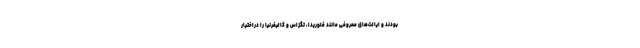
بودند و ایالت‌های معروفی مانند فلوریدا، تگزاس و کالیفرنیا را دراختیار